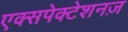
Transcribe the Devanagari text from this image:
एक्सपेक्टेशनज़